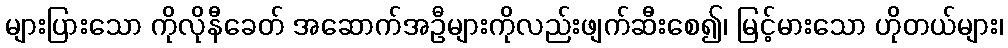
များပြားသော ကိုလိုနီခေတ် အဆောက်အဦများကိုလည်းဖျက်ဆီးစေ၍၊ မြင့်မားသော ဟိုတယ်များ၊